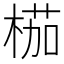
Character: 𣖚